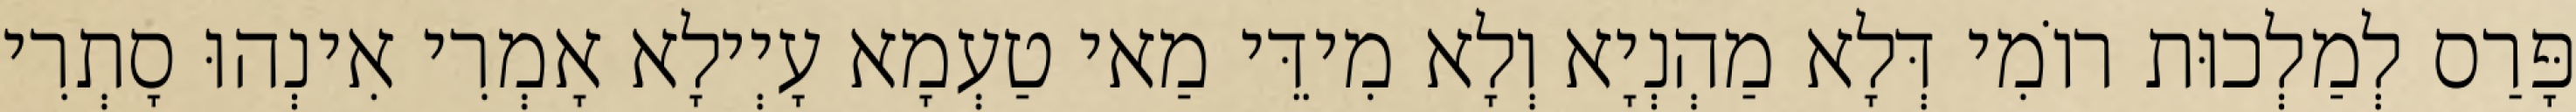
פָּרַס לְמַלְכוּת רוֹמִי דְּלָא מַהְנְיָא וְלָא מִידֵּי מַאי טַעְמָא עָיְילָא אָמְרִי אִינְהוּ סָתְרִי